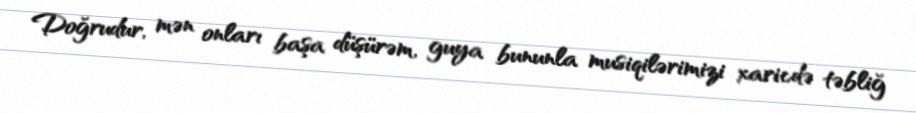
Doğrudur, mən onları başa düşürəm, guya bununla musiqilərimizi xaricdə təbliğ